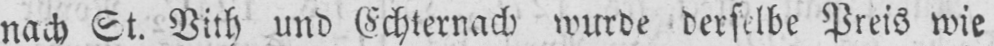
nach St. Vith und Echternach wurde derselbe Preis wie